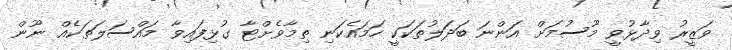
ވަޒީރު ވިދާޅުވީ މޫސުމަށް އަންނަ ބަދަލުތަކަކީ ހަމައެކަނި ތިމާވެށްޓާ ގުޅިފައިވާ މައްސަލަތަކެއް ނޫން